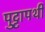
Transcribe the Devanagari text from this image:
पुट्टापर्थी